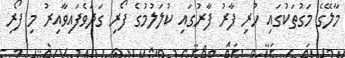
މާލޭގެ މަގުތަކުގައި ހުރި ފާރު ފާރުގައި ކުލަލުމުގެ ފޯރި ގަދަވެފައިވާއިރު މި ފޯރި